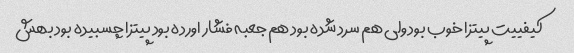
کیفییت پیتزا خوب بود ولی هم سرد شده بود هم جعبه فشار اورده بود پیتزا چسبیده بود بهش